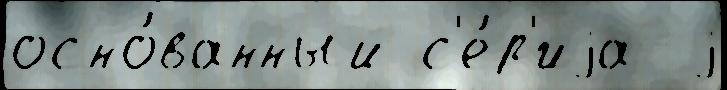
осно́ванный с'е́р'иjа  j